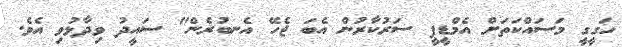
ހަގީގީ މަސައްކަތަށް އެމްޑީޕީ ސަރުކާރުން އެބަ ޖެހޭ އެނބުރެން" ސައީދު ވިދާޅުވި އެވެ.